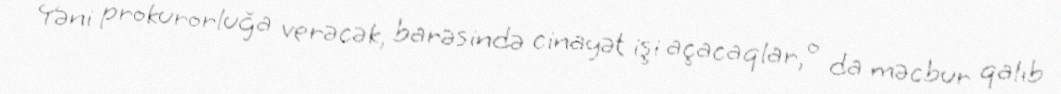
Yəni prokurorluğa verəcək, barəsində cinayət işi açacaqlar, o da məcbur qalıb